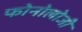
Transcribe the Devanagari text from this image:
फोनोलोजी